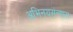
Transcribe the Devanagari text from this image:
अभिनयसंन्यास